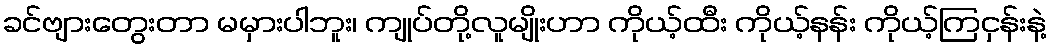
ခင်ဗျားတွေးတာ မမှားပါဘူး၊ ကျုပ်တို့လူမျိုးဟာ ကိုယ့်ထီး ကိုယ့်နန်း ကိုယ့်ကြငှန်းနဲ့